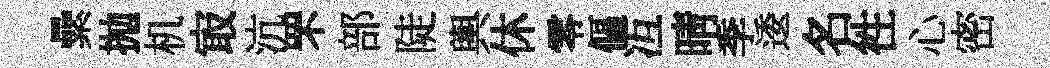
纍抛机㝡沆罘部陡輿休零傴冱晴季逶名徃心密